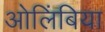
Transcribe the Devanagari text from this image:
ओलिंबिया